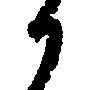
か